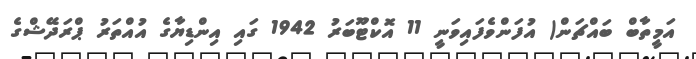
އަމީތާބް ބައްޗަން( އުފަންވެފައިވަނީ 11 އޮކްޓޫބަރު 1942 ގައި އިންޑިޔާގެ އުއްތަރު ޕްރަދޭޝްގެ